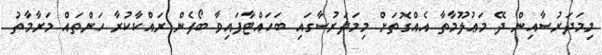
މިމަދަރުސާއިން ދޭ މަޢުލޫމާތާ އެއްގޮތަށް މިމަދަރުސާގައި ބަހައްޓާފައިވާ ބޯފެން ރައްކާކުރާ ހަންތައް މަރާމާތު